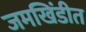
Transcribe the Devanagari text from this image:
जमखिंडीत